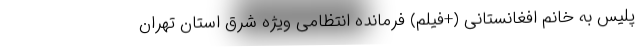
پلیس به خانم افغانستانی (+فیلم) فرمانده انتظامی ویژه شرق استان تهران